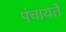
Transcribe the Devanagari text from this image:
पंचायतेँ